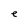
Character: e